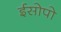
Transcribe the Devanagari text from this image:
ईसोपो